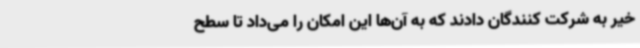
خیر به شرکت کنندگان دادند که به آن‌ها این امکان را می‌داد تا سطح